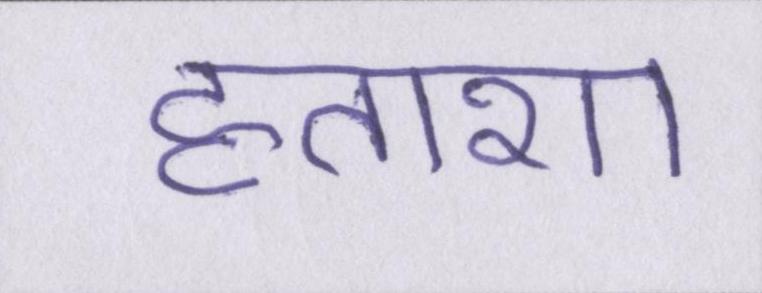
हताशा